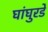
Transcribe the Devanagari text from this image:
घांघुरडे